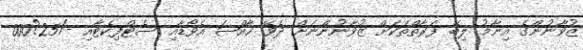
ޒުވާނުންގެ އިނާމު ލިބޭ ފަރާތްތަކަށް ޒުވާނުންނަށް ދެވޭ ޚާއްޞަ އެވޯޑާއި ސެޓްފިކެޓާއި -/25?000